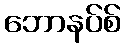
ဘောနပ်စ်